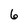
Character: 6